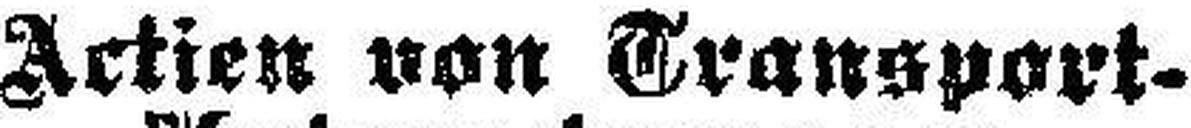
Actien von Transport-